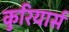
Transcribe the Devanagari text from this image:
कुरियार्स